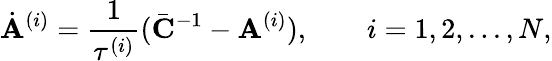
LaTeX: \dot{\mathbf{A}}^{(i)}=\frac{1}{\tau^{(i)}}(\bar{\mathbf{C}}^{-1}-\mathbf{A}^{(i)}),\quad\quad i=1,2,...,N,